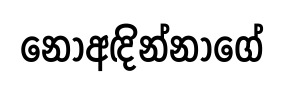
නොඅඳින්නාගේ